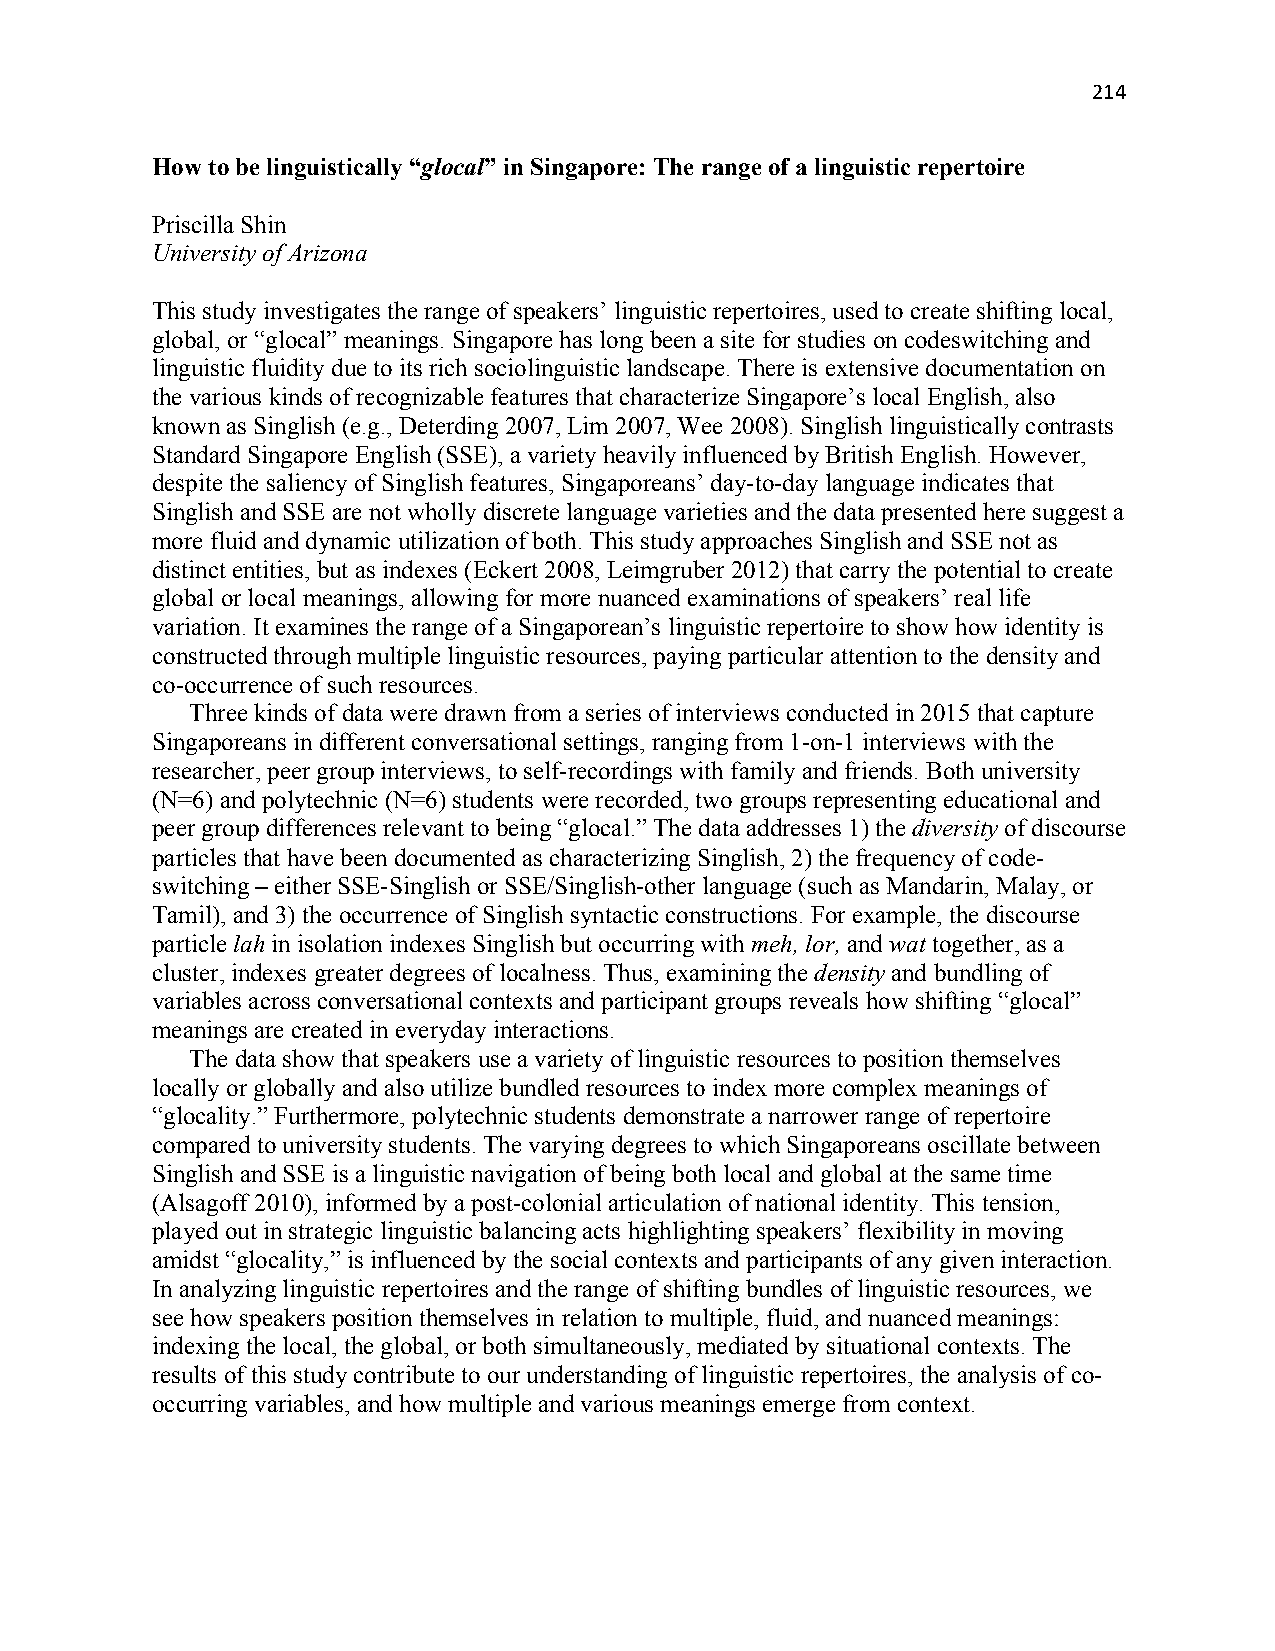
214
 How to be linguistically “glocal” in Singapore: The range of a linguistic repertoire
 Priscilla Shin
 University of Arizona
 This study investigates the range of speakers’ linguistic repertoires, used to create shifting local,
 global, or “glocal” meanings. Singapore has long been a site for studies on codeswitching and
 linguistic fluidity due to its rich sociolinguistic landscape. There is extensive documentation on
 the various kinds of recognizable features that characterize Singapore’s local English, also
 known as Singlish (e.g., Deterding 2007, Lim 2007, Wee 2008). Singlish linguistically contrasts
 Standard Singapore English (SSE), a variety heavily influenced by British English. However,
 despite the saliency of Singlish features, Singaporeans’ day-to-day language indicates that
 Singlish and SSE are not wholly discrete language varieties and the data presented here suggest a
 more fluid and dynamic utilization of both. This study approaches Singlish and SSE not as
 distinct entities, but as indexes (Eckert 2008, Leimgruber 2012) that carry the potential to create
 global or local meanings, allowing for more nuanced examinations of speakers’ real life
 variation. It examines the range of a Singaporean’s linguistic repertoire to show how identity is
 constructed through multiple linguistic resources, paying particular attention to the density and
 co-occurrence of such resources.
 Three kinds of data were drawn from a series of interviews conducted in 2015 that capture
 Singaporeans in different conversational settings, ranging from 1-on-1 interviews with the
 researcher, peer group interviews, to self-recordings with family and friends. Both university
 (N=6) and polytechnic (N=6) students were recorded, two groups representing educational and
 peer group differences relevant to being “glocal.” The data addresses 1) the diversity of discourse
 particles that have been documented as characterizing Singlish, 2) the frequency of code-
 switching – either SSE-Singlish or SSE/Singlish-other language (such as Mandarin, Malay, or
 Tamil), and 3) the occurrence of Singlish syntactic constructions. For example, the discourse
 particle lah in isolation indexes Singlish but occurring with meh, lor, and wat together, as a
 cluster, indexes greater degrees of localness. Thus, examining the density and bundling of
 variables across conversational contexts and participant groups reveals how shifting “glocal”
 meanings are created in everyday interactions.
 The data show that speakers use a variety of linguistic resources to position themselves
 locally or globally and also utilize bundled resources to index more complex meanings of
 “glocality.” Furthermore, polytechnic students demonstrate a narrower range of repertoire
 compared to university students. The varying degrees to which Singaporeans oscillate between
 Singlish and SSE is a linguistic navigation of being both local and global at the same time
 (Alsagoff 2010), informed by a post-colonial articulation of national identity. This tension,
 played out in strategic linguistic balancing acts highlighting speakers’ flexibility in moving
 amidst “glocality,” is influenced by the social contexts and participants of any given interaction.
 In analyzing linguistic repertoires and the range of shifting bundles of linguistic resources, we
 see how speakers position themselves in relation to multiple, fluid, and nuanced meanings:
 indexing the local, the global, or both simultaneously, mediated by situational contexts. The
 results of this study contribute to our understanding of linguistic repertoires, the analysis of co-
 occurring variables, and how multiple and various meanings emerge from context.